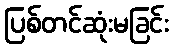
ပြစ်တင်ဆုံးမခြင်း